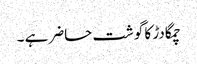
چمگادڑ کا گوشت حاضر ہے ۔